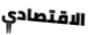
الاقتصادي